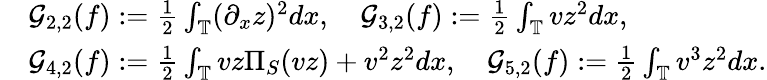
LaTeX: \begin{array}{rl}&{\mathcal{G}_{2,2}(f):=\frac{1}{2}\int_{\mathbb{T}}(\partial_{x}z)^{2}dx,\quad\mathcal{G}_{3,2}(f):=\frac{1}{2}\int_{\mathbb{T}}vz^{2}dx,}\\ &{\mathcal{G}_{4,2}(f):=\frac{1}{2}\int_{\mathbb{T}}vz\Pi_{S}(vz)+v^{2}z^{2}dx,\quad\mathcal{G}_{5,2}(f):=\frac{1}{2}\int_{\mathbb{T}}v^{3}z^{2}dx.}\end{array}